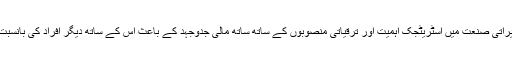
دوسری جانب بن لان کی تعمیراتی صنعت میں اسٹریٹجک اہمیت اور ترقیاتی منصوبوں کے ساتھ ساتھ مالی جدوجہد کے باعث اس کے ساتھ دیگر افراد کی بانسبت مختلف برتاؤ کیا جاسکتا ہے۔